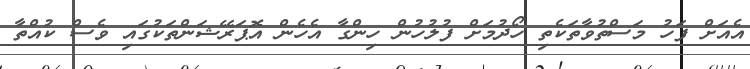
އެއަށް ފަހު މަސްތުވާތަކެތި ހޯދުމަށް ފުލުހުން ހިންގާ އެހެން އޮޕަރޭޝަންތަކުގައި ވެސް ކުއްތާ